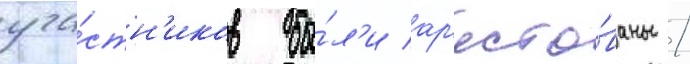
уча́стн'иков бы́л'и ар'есто́ваны /